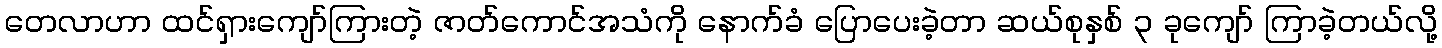
တေလာဟာ ထင်ရှားကျော်ကြားတဲ့ ဇာတ်ကောင်အသံကို နောက်ခံ ပြောပေးခဲ့တာ ဆယ်စုနှစ် ၃ ခုကျော် ကြာခဲ့တယ်လို့